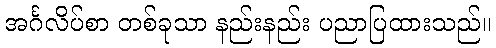
အင်္ဂလိပ်စာ တစ်ခုသာ နည်းနည်း ပညာပြထားသည်။